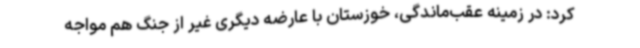
کرد: در زمینه عقب‌ماندگی، خوزستان با عارضه دیگری غیر از جنگ هم مواجه